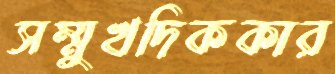
সম্মুখদিককার